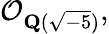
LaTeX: {\mathcal{O}}_{\mathbf{Q}({\sqrt{-5}})},